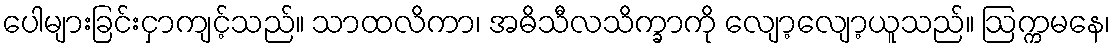
ပေါများခြင်းငှာကျင့်သည်။ သာထလိကာ၊ အဓိသီလသိက္ခာကို လျော့လျော့ယူသည်။ ဩက္ကမနေ၊